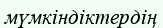
мүмкіндіктердің